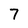
Character: 7